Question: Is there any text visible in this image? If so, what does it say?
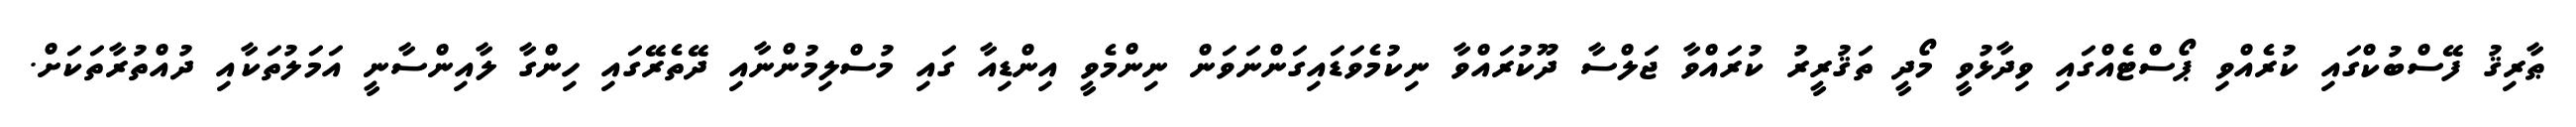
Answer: ޠާރިޤު ފޭސްބުކްގައި ކުރެއްވި ޕޯސްޓެއްގައި ވިދާޅުވީ މޯދީ ތަޤުރީރު ކުރައްވާ ޖަލްސާ ދޫކުރައްވާ ނިކުމެވަޑައިގަންނަވަން ނިންމެވީ އިންޑިއާ ގައި މުސްލިމުންނާއި ދޭތެރޭގައި ހިންގާ ލާއިންސާނީ އަމަލުތަކާއި ދުއްތުރާތަކަށް.